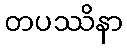
တပဿိနာ